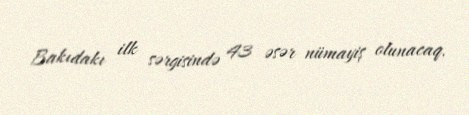
Bakıdakı ilk sərgisində 43 əsər nümayiş olunacaq.